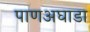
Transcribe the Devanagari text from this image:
पाणअघाडा